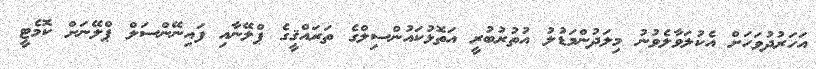
އަހަރުދުވަހަށް އެކުލަވާލެވުނު މިލަދުންމަޑުލު އުތުރުބުރީ އަތޮޅުކައުންސިލްގެ ތަރައްޤީގެ ޕްލޭނާއި ފައިނޭންސަލް ޕްލޭނަށް ކޮމެޓީ